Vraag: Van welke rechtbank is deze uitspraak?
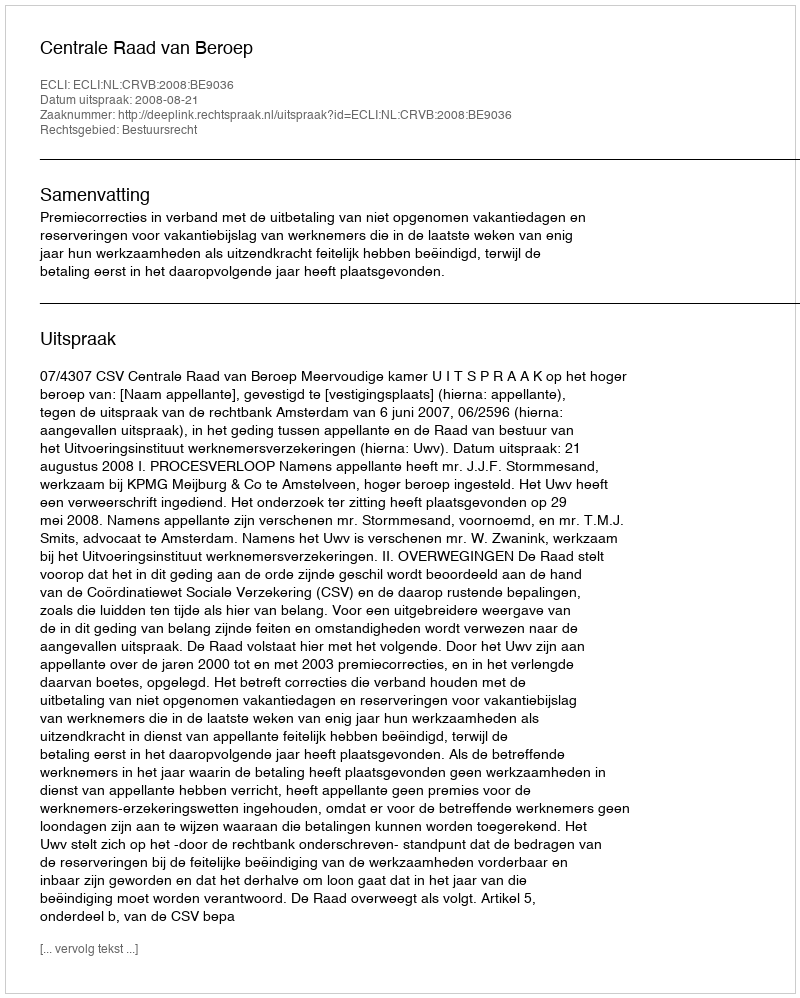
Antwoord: Centrale Raad van Beroep